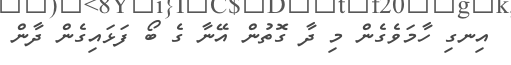
އިނގި ހާމަވެގެން މި ދާ ގޮތުން އޭނާ ގެ ބޯ ފަޅައިގެން ދާން